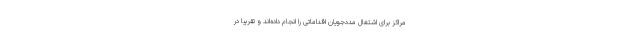
مراکز برای اشتغال مددجویان اقداماتی را انجام داده‌اند و تقریبا در